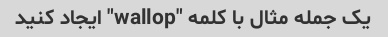
یک جمله مثال با کلمه "wallop" ایجاد کنید